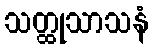
သတ္ထုသာသနံ